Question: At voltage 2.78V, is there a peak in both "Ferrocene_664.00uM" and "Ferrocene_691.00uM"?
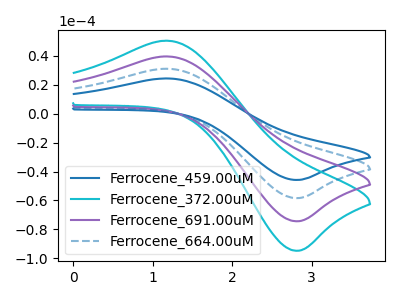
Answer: <think>The blue curve "Ferrocene_459.00uM" has an anodic peak at (1.20V, 118.90uA) and a cathodic peak at (2.80V, -223.00uA). The cyan curve "Ferrocene_372.00uM" has an anodic peak at (1.20V, 50.50uA) and a cathodic peak at (2.80V, -94.75uA). The purple curve "Ferrocene_691.00uM" has an anodic peak at (1.20V, 39.65uA) and a cathodic peak at (2.80V, -74.35uA). The blue dashed curve "Ferrocene_664.00uM" has an anodic peak at (1.20V, 79.30uA) and a cathodic peak at (2.80V, -148.70uA).</think>
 <answer>Yes, "Ferrocene_664.00uM" and "Ferrocene_691.00uM" share a peak at 2.78V.</answer>
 <eval>match</eval>